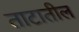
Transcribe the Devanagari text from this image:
ताटातील